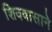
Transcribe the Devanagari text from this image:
शिववासाने